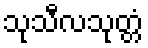
သုသီလသုတ္တံ